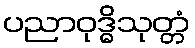
ပညာဝုဒ္ဓိသုတ္တံ